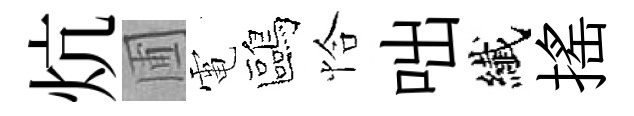
炕圃電鷗恰咄纎揺